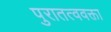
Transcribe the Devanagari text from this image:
पुरातत्ववक्ता